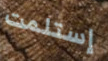
إستلمت